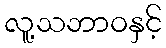
လူ့သဘာဝနှင့်